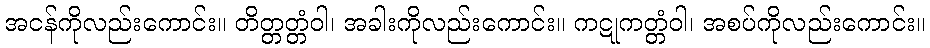
အငန်ကိုလည်းကောင်း။ တိတ္တတ္တံဝါ၊ အခါးကိုလည်းကောင်း။ ကဋုကတ္တံဝါ၊ အစပ်ကိုလည်းကောင်း။